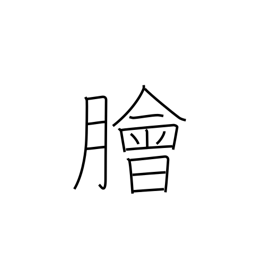
Meaning: raw fish salad